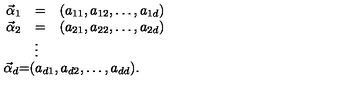
\begin{array} { r c l } { \vec { \alpha } _ { 1 } } & { = } & { ( a _ { 1 1 } , a _ { 1 2 } , \ldots , a _ { 1 d } ) } \\ { \vec { \alpha } _ { 2 } } & { = } & { ( a _ { 2 1 } , a _ { 2 2 } , \ldots , a _ { 2 d } ) } \\ { \multicolumn { 3 } { c } { \vdots } } \\ { \vec { \alpha } _ { d } } & { = } & { ( a _ { d 1 } , a _ { d 2 } , \ldots , a _ { d d } ) . } \\ \end{array}